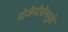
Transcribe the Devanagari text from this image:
प्रोजेस्टेरोनमुळे